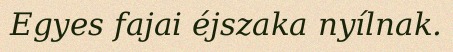
Egyes fajai éjszaka nyílnak.